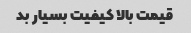
قیمت بالا کیفیت بسیار بد